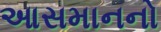
આસમાનનો